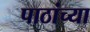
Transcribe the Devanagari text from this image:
पाठांच्या